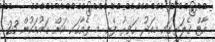
އާޓް ގެލަރީގައި މިއަދު ހަވީރު ފެށި މި ފެއާގައި އަށް ގައުމަކުން 23